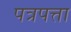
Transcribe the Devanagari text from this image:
पत्रपत्ता